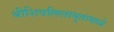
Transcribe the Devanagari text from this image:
श्रीशिवलिलामृतामध्ये